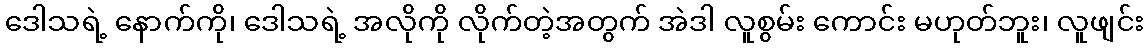
ဒေါသရဲ့ နောက်ကို၊ ဒေါသရဲ့ အလိုကို လိုက်တဲ့အတွက် အဲဒါ လူစွမ်း ကောင်း မဟုတ်ဘူး၊ လူဖျင်း